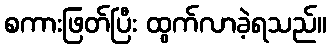
စကားဖြတ်ပြီး ထွက်လာခဲ့ရသည်။